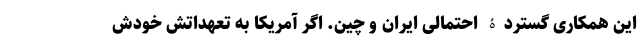
این همکاری گستردۀ احتمالی ایران و چین. اگر آمریکا به تعهداتش خودش